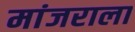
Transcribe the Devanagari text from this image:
मांजराला